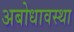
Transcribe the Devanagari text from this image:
अबोधावस्था